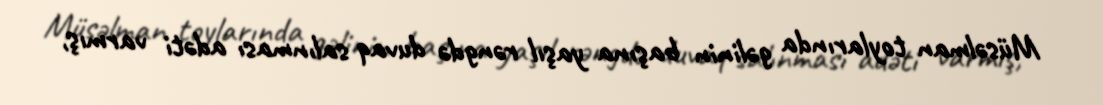
Müsəlman toylarında gəlinin başına yaşıl rəngdə duvaq salınması adəti varmış,